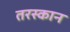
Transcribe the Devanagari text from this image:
तरस्कान